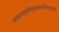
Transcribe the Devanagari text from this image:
आत्तसज्जधनुषाविषुस्पृशावक्षयाशुगनिषङ्गसङ्गिनौ।